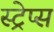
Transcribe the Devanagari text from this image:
स्ट्रेप्स